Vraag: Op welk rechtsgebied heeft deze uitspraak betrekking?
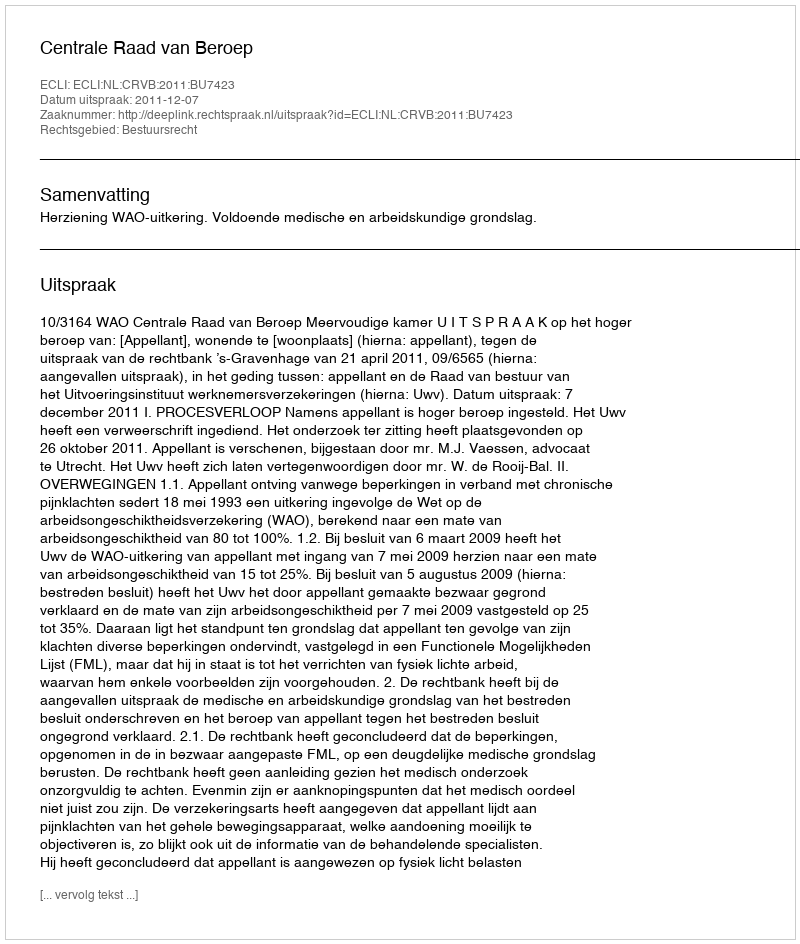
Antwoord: Bestuursrecht